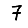
Digit: 7